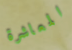
المعاشرة